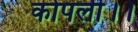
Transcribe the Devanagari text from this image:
कोपली।।